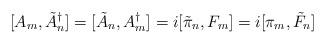
LaTeX: \begin{align*}[A_{m},\tilde{A}^{\dagger}_{n}] = [\tilde{A}_{n},A^{\dagger}_{m}] = i[\tilde{\pi}_{n},F_{m}] = i[\pi_{m},\tilde{F}_{n}] \end{align*}